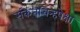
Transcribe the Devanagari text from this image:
संकेतचिन्हपेक्षा